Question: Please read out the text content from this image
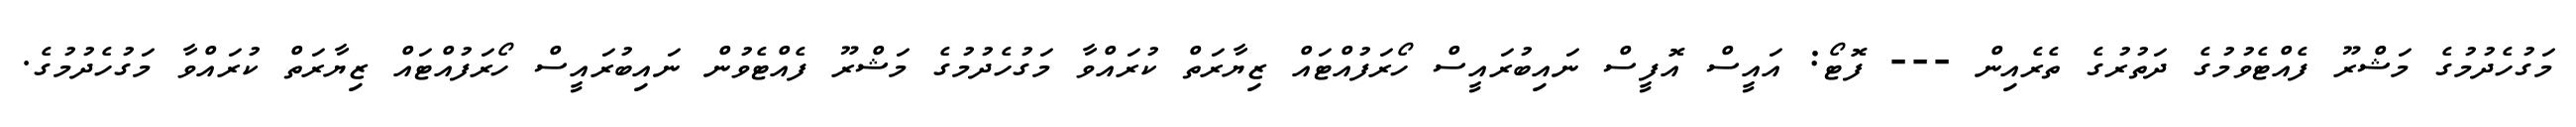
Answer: މަގުހެދުމުގެ މަޝްރޫ ފެއްޓެވުމުގެ ދަތުރުގެ ތެރެއިން --- ފޮޓޯ: އައީސް އޮފީސް ނައިބުރައީސް ހޯރަފުއްޓައް ޒިޔާރަތް ކުރައްވާ މަގުހެދުމުގެ މަޝްރޫ ފެއްޓެވުން ނައިބުރައީސް ހޯރަފުއްޓައް ޒިޔާރަތް ކުރައްވާ މަގުހެދުމުގެ.